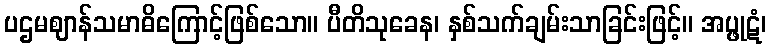
ပဌမဈာန်သမာဓိကြောင့်ဖြစ်သော။ ပီတိသုခေန၊ နှစ်သက်ချမ်းသာခြင်းဖြင့်။ အပ္ဖုဋံ၊